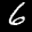
Label: 6